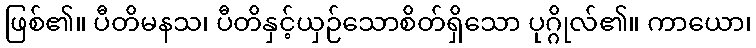
ဖြစ်၏။ ပီတိမနသ၊ ပီတိနှင့်ယှဉ်သောစိတ်ရှိသော ပုဂ္ဂိုလ်၏။ ကာယော၊